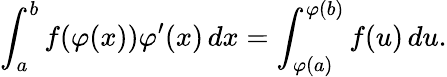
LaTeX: \int_{a}^{b}f(\varphi(x))\varphi^{\prime}(x)\, dx=\int_{\varphi(a)}^{\varphi(b)}f(u)\, du.